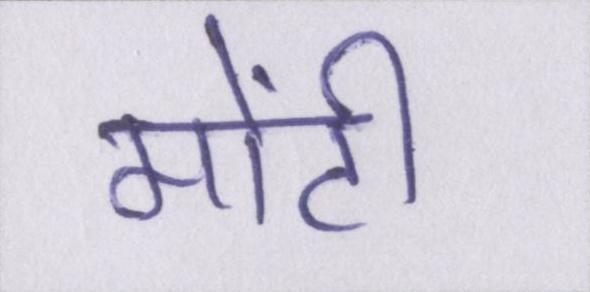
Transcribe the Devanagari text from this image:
मोंटी